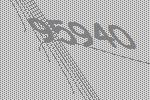
95940